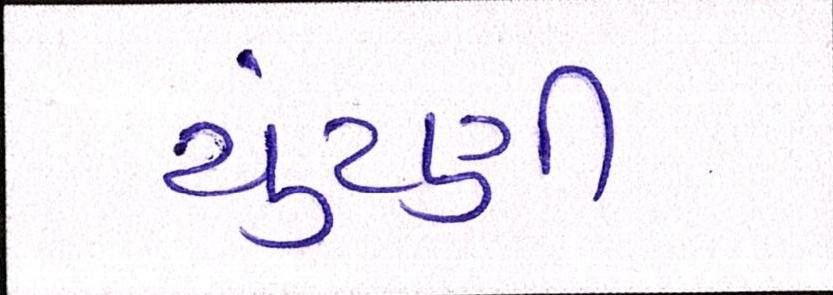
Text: ચુંટણી